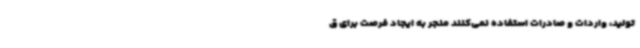
تولید، واردات و صادرات استفاده نمی‌کنند منجر به ایجاد فرصت برای ق